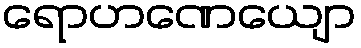
ရောဟဏေယျော